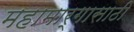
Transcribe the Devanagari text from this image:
महामार्गासाठी